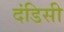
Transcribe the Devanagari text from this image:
दंडिसी